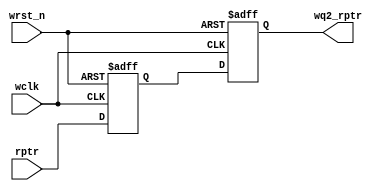
module sync_r2w
#(
    parameter ADDRSIZE = 4
)
(
    output reg [ADDRSIZE:0] wq2_rptr,   //read ptr sync to write clock domain
    input      [ADDRSIZE:0] rptr,       //gray code pointer
    input                   wclk, wrst_n
);

reg [ADDRSIZE:0] wq1_rptr;

always @(posedge wclk or negedge wrst_n)
      if (!wrst_n) begin
          wq1_rptr <= 0;
          wq2_rptr <= 0;
      end
      else begin
          wq1_rptr<= rptr;
          wq2_rptr<=wq1_rptr;
      end
endmodule